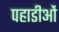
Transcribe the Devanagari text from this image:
पहाडीओं